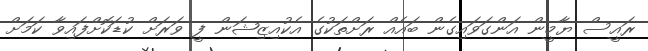
ރައީސް ޔާމީން އަންގަވައިގެން ބައެއް ރަށްތަކުގެ އެކުއިޒިޝަން ފީ ވަރަށް ކުޑަކޮށްފައިވާ ކަމަށް